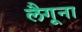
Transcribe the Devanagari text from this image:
लैगूना